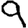
Digit: 9